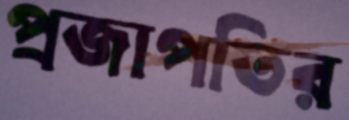
প্রজাপতির